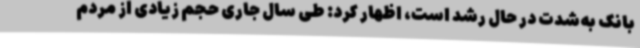
بانک به‌شدت در حال رشد است، اظهار کرد: طی سال جاری حجم زیادی از مردم